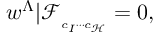
w ^ { \Lambda } \vert \mathcal { F } _ { _ { c _ { I } \cdots c _ { \mathcal { H } } } } = 0 ,